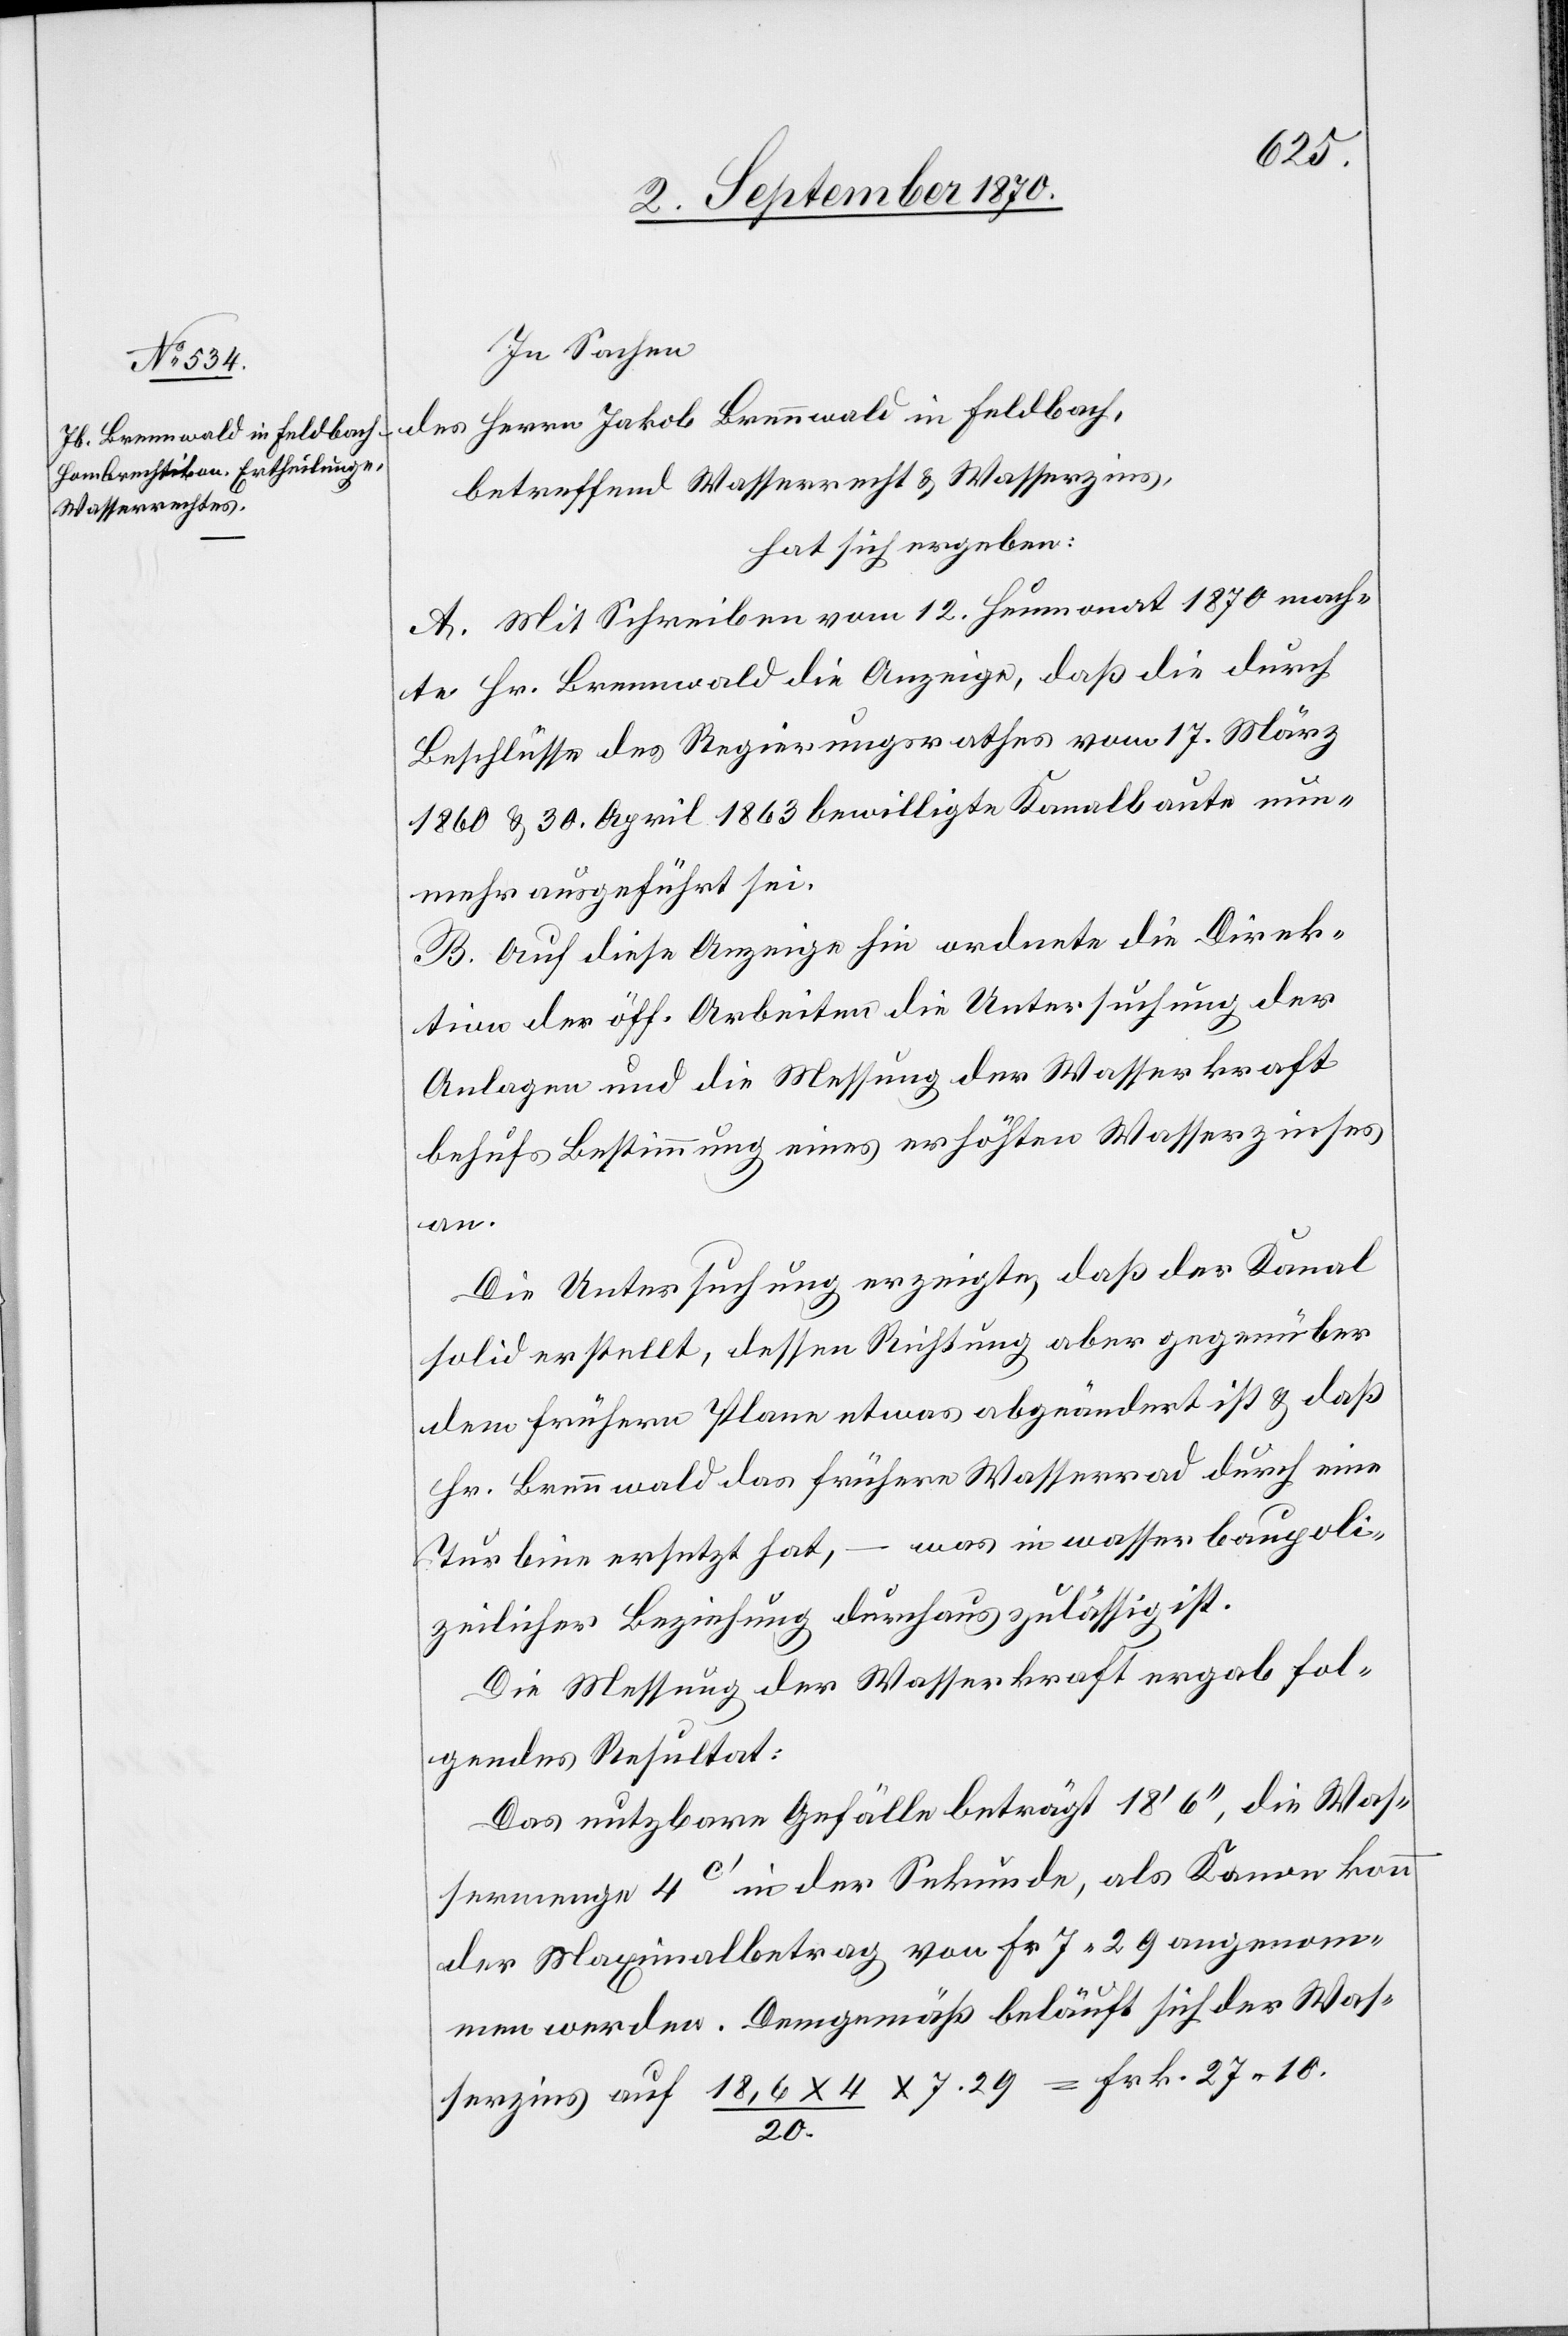
In Sachen
des Herrn Jakob Brennwald in Feldbach,
betreffend Wasserrecht & Wasserzins,
hat sich ergeben:
A. Mit Schreiben vom 12. Heumonat 1870 mach¬
te Hr. Brennwald die Anzeige, daß die durch
Beschlüsse des Regierungsrathes vom 17. März
1870 & 30. April 1863 bewilligte Kanalbaute nun¬
mehr ausgeführt sei.
B. Auf diese Anzeige hin ordnete die Direk¬
tion der öff. Arbeiten die Untersuchung der
Anlagen und die Messung der Wasserkraft
behufs Bestimmung eines erhöhten Wasserzinses
an.
Die Untersuchung erzeigte, daß der Kanal
solid erstellt, dessen Richtung aber gegenüber
dem frühern Plane etwas abgeändert ist & daß
Hr. Brennwald das frühere Wasserrad durch eine
Turbine ersetzt hat, – was in wasserbaupoli¬
zeilicher Beziehung durchaus zulässig ist.
Die Messung der Wasserkraft ergab fol¬
gendes Resultat:
Das nutzbare Gefälle beträgt 18’ 6’’, die Was¬
sermenge 4 c’ in der Sekunde, als Kanon konnte
der Maximalbetrag von Fr. 7.29 angenom¬
men werden. Demgemäß beläuft sich der Was¬
serzins auf 16,6 x 4 / 20. x 7.29 = Frk. 27.10.